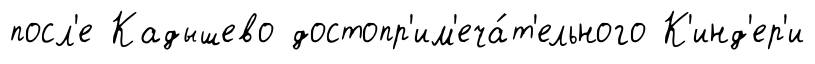
посл'е Кадышево достопр'им'еча́т'ельного К'инд'ер'и